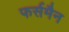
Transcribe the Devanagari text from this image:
फर्समैन